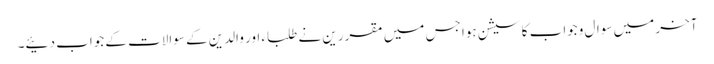
آخر میں سوال وجواب کا سیشن ہوا جس میں مقررین نے طلباء اور والدین کے سوالات کے جواب دئیے۔